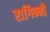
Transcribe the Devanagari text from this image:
रागिन्नी